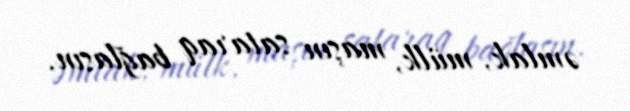
əmlak, mülk, maşın sataraq bağlasın.